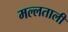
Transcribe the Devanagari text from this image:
मल्लताली